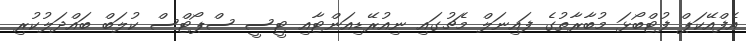
އެފްއޭކަޕް ފުޓްބޯޅަ މުބާރާތުގެ ފައިނަލް މެޗުގައި ނިއުރޭޑިއަންޓާއި ޓީސީ ސްޕޯޓްސް ކުލަބް ބައްދަލުކުރި